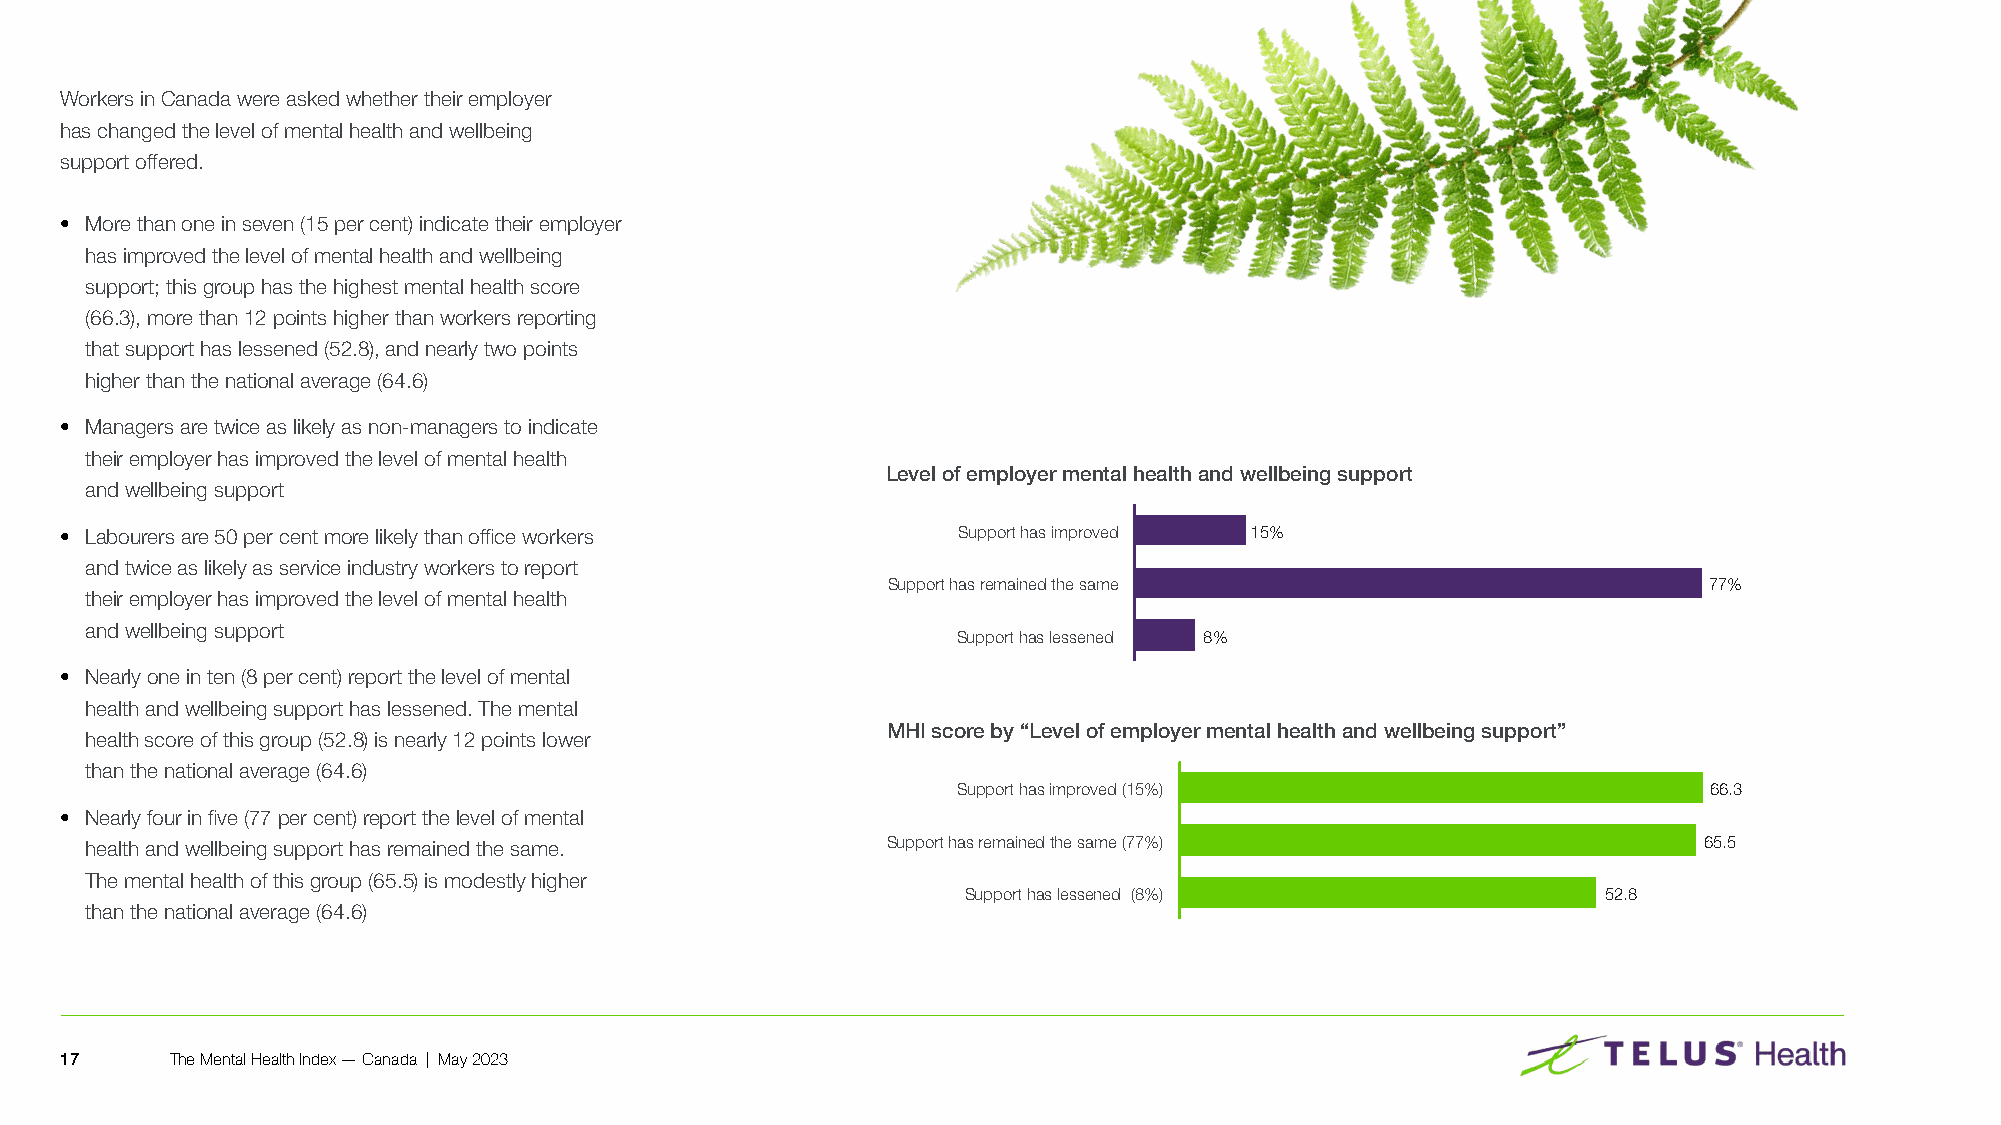
Workers in Canada were asked whether their employer
 has changed the level of mental health and wellbeing
 support offered�
 • More than one in seven (15 per cent) indicate their employer
 has improved the level of mental health and wellbeing
 support; this group has the highest mental health score
 (66�3), more than 12 points higher than workers reporting
 that support has lessened (52�8), and nearly two points
 higher than the national average (64�6)
 • Managers are twice as likely as non-managers to indicate
 their employer has improved the level of mental health
 Level of employer mental health and wellbeing support
 and wellbeing support
 • Labourers are 50 per cent more likely than office workers Support has improved 15%
 and twice as likely as service industry workers to report
 Support has remained the same                         77%
 their employer has improved the level of mental health
 and wellbeing support
 Support has lessened 8%
 • Nearly one in ten (8 per cent) report the level of mental
 health and wellbeing support has lessened� The mental
 MHI score by “Level of employer mental health and wellbeing support”
 health score of this group (52�8) is nearly 12 points lower
 than the national average (64�6)
 Support has improved (15%)                        66.3
 • Nearly four in five (77 per cent) report the level of mental
 health and wellbeing support has remained the same�  Support has remained the same (77%)                   65.5
 The mental health of this group (65�5) is modestly higher
 Support has lessened (8%)                 52.8
 than the national average (64�6)
 17     The Mental Health Index — Canada | May 2023